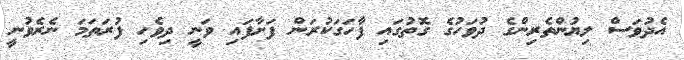
އެދުވަސް ލިޔުންތެރިންގެ ދުވަހުގެ ގޮތުގައި ފާހަގަކުރަން ފަށާފައި ވަނީ ދިވެހި ފުރަތަމަ ނެރެވުނީ